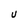
Character: U